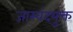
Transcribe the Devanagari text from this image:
जास्वंदयुक्त